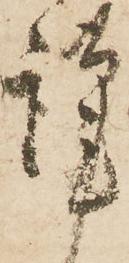
謹